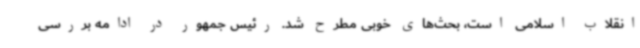
انقلاب اسلامی است، بحث‌های خوبی مطرح شد. رئیس جمهور در ادامه بررسی